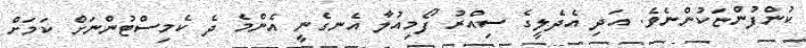
ކުންފުންޏަކުންނެވެ. އަދި އެދެލީގެ ސިއްރު ފޯމިއުލާ އެނގެނީ އެންމެ ދެ ކެމިސްޓުންނަށް ކަމަށް